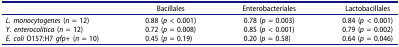
<table><thead><tr><td><b> </b></td><td><b>Bacillales</b></td><td><b>Enterobacteriales</b></td><td><b>Lactobacillales</b></td></tr></thead><tbody><tr><td><i>L. monocytogenes</i> (<i>n </i>= 12)</td><td>0.88 (<i>p </i>&lt; 0.001)</td><td>0.78 (<i>p </i>= 0.003)</td><td>0.84 (<i>p </i>&lt; 0.001)</td></tr><tr><td><i>Y. enterocolitica</i> (<i>n </i>= 12)</td><td>0.72 (<i>p </i>= 0.008)</td><td>0.85 (<i>p </i>&lt; 0.001)</td><td>0.79 (<i>p </i>= 0.002)</td></tr><tr><td><i>E. coli</i> O157:H7 <i>gfp+</i> (<i>n </i>= 10)</td><td>0.45 (<i>p </i>= 0.19)</td><td>0.20 (<i>p </i>= 0.58)</td><td>0.64 (<i>p </i>= 0.046)</td></tr></tbody></table>